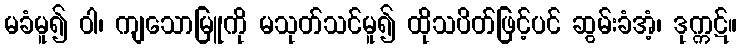
မခံမူ၍ ဝါ၊ ကျသောမြူကို မသုတ်သင်မူ၍ ထိုသပိတ်ဖြင့်ပင် ဆွမ်းခံအံ့၊ ဒုက္ကဋ်။